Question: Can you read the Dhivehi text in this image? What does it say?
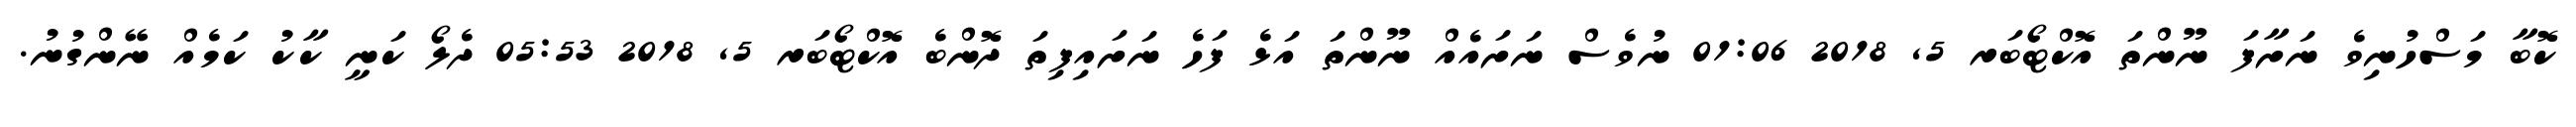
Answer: ކޮބާ މަސްހުނިވެ ނަށާފަ ނޫންތަ އޮކްޓޯބަރ 5, 2018 01:06 ނުވެސް ނަށައެއް ނޫންތަ އަޅެ ފަހެ ނަށައިފިތަ ދޮންބެ އޮކްޓޯބަރ 5, 2018 05:53 ދެލޯ ކަނީ ކާކު ކަމެއް ނޭންގުނު.